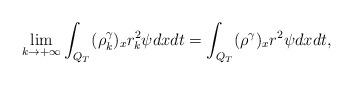
LaTeX: \begin{align*}\lim_{k\rightarrow+\infty}\int_{Q_T}(\rho_k^\gamma)_xr_k^2\psi dxdt=\int_{Q_T}(\rho^\gamma)_xr^2\psi dxdt,\end{align*}